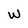
Character: W